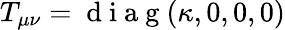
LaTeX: T_{\mu\nu}=\mathrm{~d~i~a~g~}(\kappa,0,0,0)